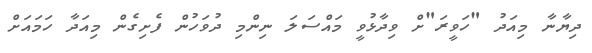
ދިޔާނާ މިއަދު "ހަވީރަ"ށް ވިދާޅުވީ މައްސަލަ ނިންމި ދުވަހުން ފެށިގެން މިއަދާ ހަމައަށް